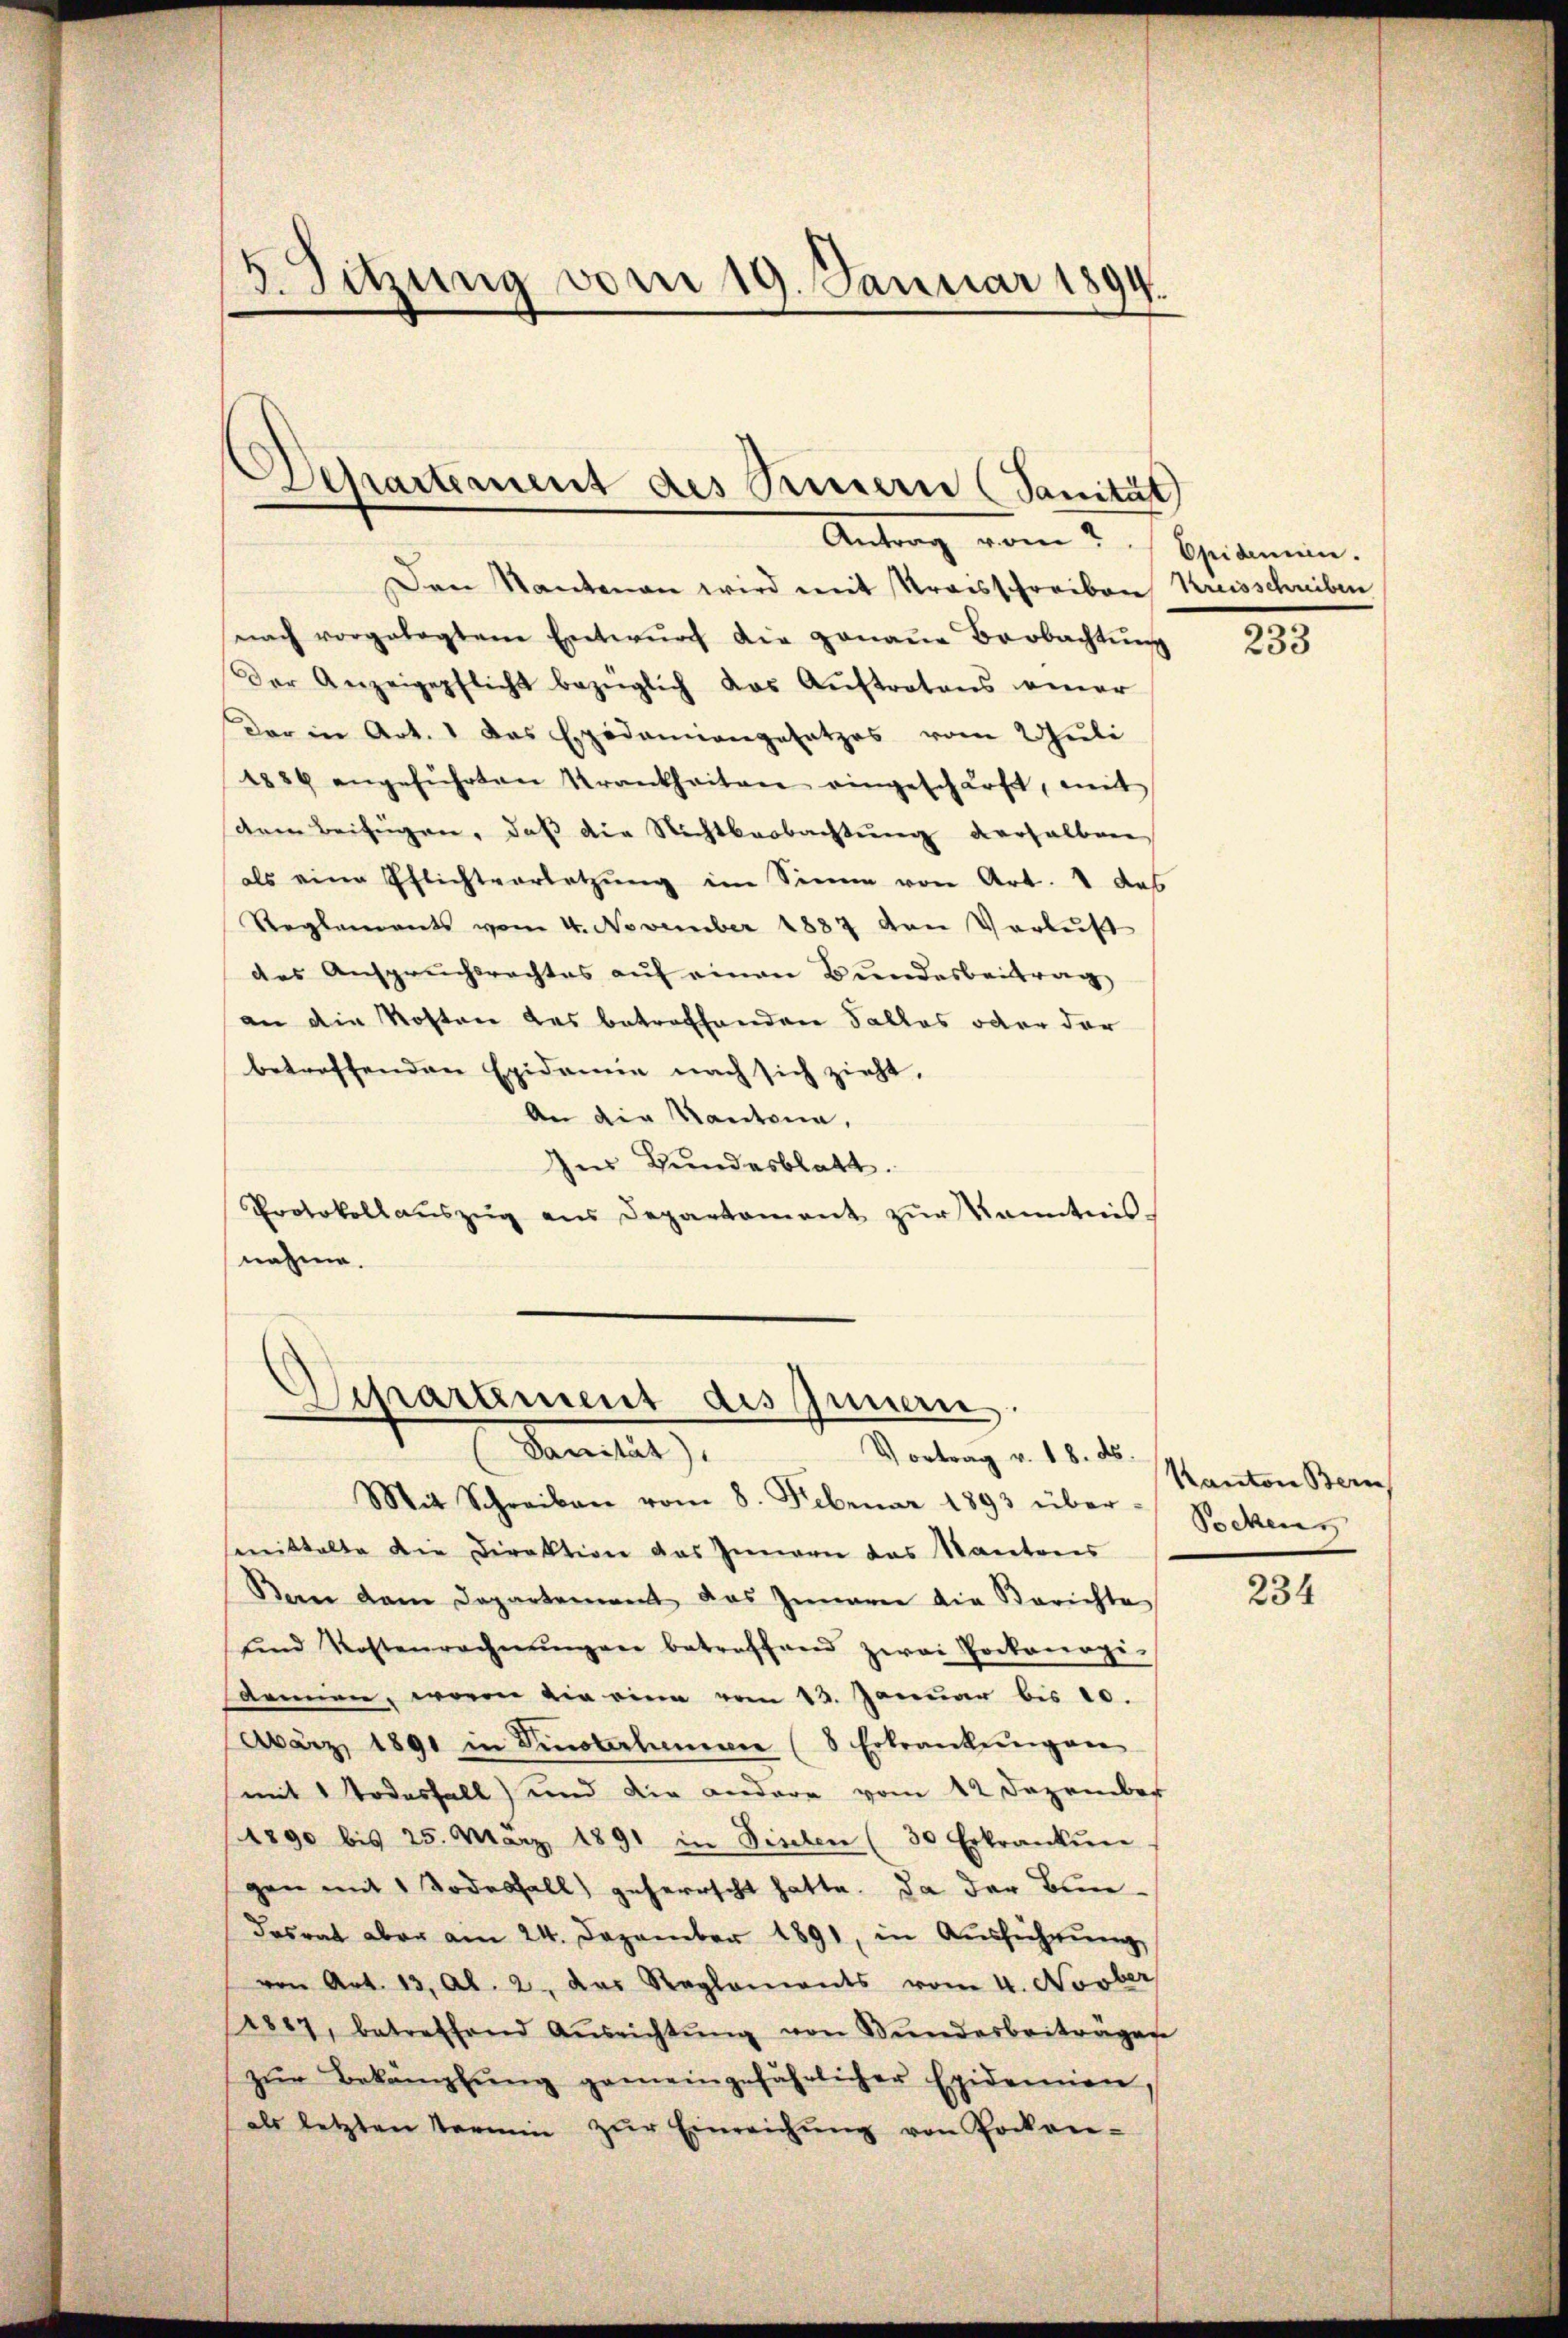
3. Sitzung vom 19. Januar 1894.

Antrag von Epidemie.
Den Nantenan wird mit Kraisschreiben Kreisschreiben
nach vorgelegtem Entwŭrf die genaŭe Beobachtŭng
Der Anzeigepflicht bezüglich das Aŭftratens vener
Der in Art. 1 das Expodamiangesetzes vom Juli
1884 angeführten Krankheiten eingeschärft, mit
dem Beifügen, daß die Nichtbeobachtung derselben
als eine Pflichtvorletzung im Sinne von Art. 4 das
Reglements vom 4. November 1887 von Verlust
des Anspruchsrechtes aŭf einen Bundesbeitrag
an die Kosten des betreffenden Falles oder der
betreffenden Epidemie nach sich zieht,
An die Kantona,
Im Bundesblatt.
Protokoll aŭszŭg ans Departament zŭr Kenntnis-
nahme.

Departement des Sinnern (Sanität

Ospartement des Innern.
Sanitat
Vortrag v. 18. ds.

Mit Schreiben vom 8. Februar 1893 über- Beckens
smittalte die Direktion das Innern das Kantons
Bern dem Departement das Innerer die Berichte
ŭnd Kostenrechnŭngen betreffend zwai Poekonogi-
sarmen, wovon die eine vom 13. Januar bis 10.
März 1891 in Pinterhammen (8 Erkrankŭngen
mit 1 Todesfall) und die andere vom 12 Dezember
1890 bis 25. März 1891 in Fischen (30 Erkrankŭn
gen mit 1 Todesfall geherrscht hatte. Da der Bundesrat aber am 24. Dezember 1891, in Aŭsführŭng
von Art. 13, Al. 2. das Reglements vom 4. Novber
1827, betreffend Aŭsrichtŭng von Bŭndesbeiträger
zŭr Bekämpfŭng gemeingefährlicher Epidemien,
als letzten Termin zŭr Einreichŭng von Pocken-

233

Kanton Bern

234